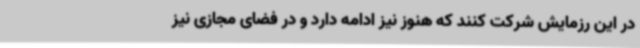
در این رزمایش شرکت کنند که هنوز نیز ادامه دارد و در فضای مجازی نیز